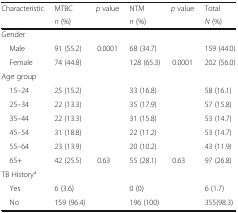
<table><thead><tr><td rowspan="2"><b>Characteristic</b></td><td><b>MTBC</b></td><td rowspan="2"><b><i>p</i> value</b></td><td><b>NTM</b></td><td rowspan="2"><b><i>p</i> value</b></td><td><b>Total</b></td></tr><tr><td><b><i>n</i> (%)</b></td><td><b><i>n</i> (%)</b></td><td><b><i>N</i> (%)</b></td></tr></thead><tbody><tr><td colspan="6">Gender</td></tr><tr><td> Male</td><td>91 (55.2)</td><td>0.0001</td><td>68 (34.7)</td><td></td><td>159 (44.0)</td></tr><tr><td> Female</td><td>74 (44.8)</td><td></td><td>128 (65.3)</td><td>0.0001</td><td>202 (56.0)</td></tr><tr><td colspan="6">Age group</td></tr><tr><td> 15–24</td><td>25 (15.2)</td><td></td><td>33 (16.8)</td><td></td><td>58 (16.1)</td></tr><tr><td> 25–34</td><td>22 (13.3)</td><td></td><td>35 (17.9)</td><td></td><td>57 (15.8)</td></tr><tr><td> 35–44</td><td>22 (13.3)</td><td></td><td>31 (15.8)</td><td></td><td>53 (14.7)</td></tr><tr><td> 45–54</td><td>31 (18.8)</td><td></td><td>22 (11.2)</td><td></td><td>53 (14.7)</td></tr><tr><td> 55–64</td><td>23 (13.9)</td><td></td><td>20 (10.2)</td><td></td><td>43 (11.9)</td></tr><tr><td> 65+</td><td>42 (25.5)</td><td>0.63</td><td>55 (28.1)</td><td>0.63</td><td>97 (26.8)</td></tr><tr><td colspan="6">TB History<sup>a</sup></td></tr><tr><td> Yes</td><td>6 (3.6)</td><td></td><td>0 (0)</td><td></td><td>6 (1.7)</td></tr><tr><td> No</td><td>159 (96.4)</td><td></td><td>196 (100)</td><td></td><td>355(98.3)</td></tr></tbody></table>